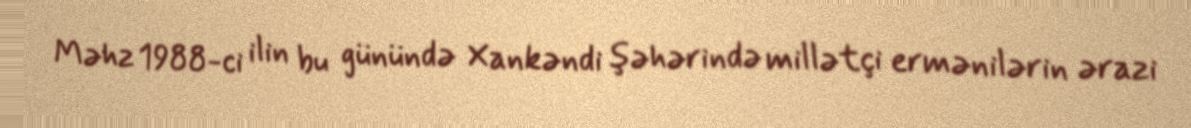
Məhz 1988-ci ilin bu günündə Xankəndi şəhərində millətçi ermənilərin ərazi